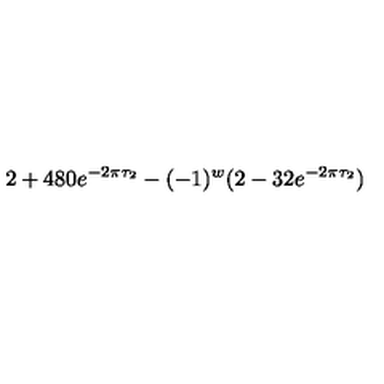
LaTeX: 2 + 4 8 0 e ^ { - 2 \pi \tau _ { 2 } } - ( - 1 ) ^ { w } ( 2 - 3 2 e ^ { - 2 \pi \tau _ { 2 } } )